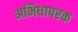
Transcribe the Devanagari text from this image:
अभिधापरक